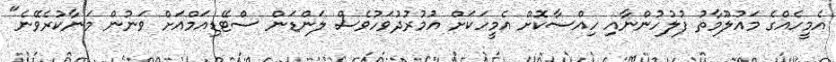
އެމީހެއްގެ މައުލޫމާތު ފުލުހުންނާއި ހިއްސާކޮށް އެމީހަކަށް އުމުރުދުވަހުވެސް ލަންޑަން ސްޓޭޑިއަމްއަށް ވަނުން މަނާކުރެވޭނެ"